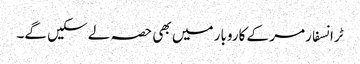
ٹرانسفارمر کے کاروبار میں بھی حصہ لے سکیں گے۔